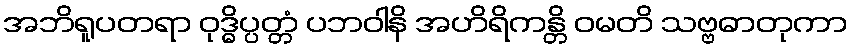
အဘိရူပတရာ ဝုဒ္ဓိပ္ပတ္တံ ပဘဝါနိ အဟိရိကန္တိ ဝမတိ သဗ္ဗဓာတုကာ